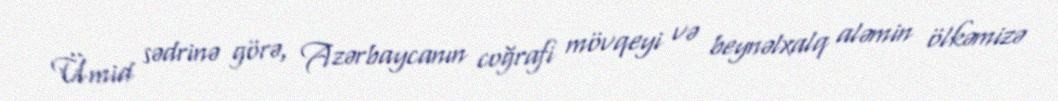
Ümid sədrinə görə, Azərbaycanın coğrafi mövqeyi və beynəlxalq aləmin ölkəmizə